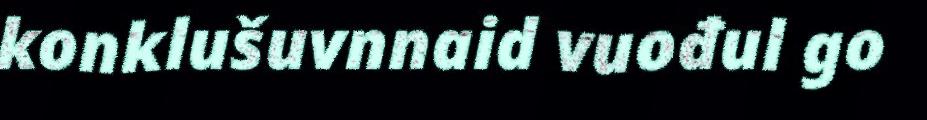
konklušuvnnaid vuođul go